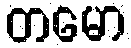
တမော